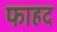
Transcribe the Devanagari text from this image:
फाहद